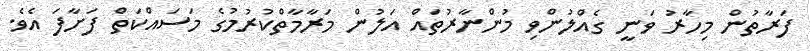
ފަރާތުން މިހާރު ވަނީ ގެއްލުންވި މުންނާރުތައް އަލުން މަރާމާތްކުރުމުގެ މަސައްކަތް ފަށާފަ އެވެ.